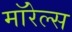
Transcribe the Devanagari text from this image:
मॉरेल्स